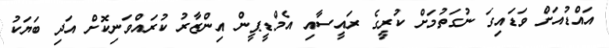
އައްޑުއަށް ވަޑައިގަ ނުގަތުމަށް ކުރީގެ ރައީސާއި އެމްޑީޕީން އިންޒާރު ކުރައްވަނިކޮށް އަދި ބަޔަކު